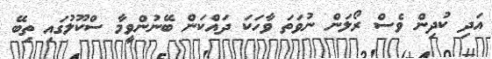
އަދި ކުދިން ވެސް ރޯލަން ނުވަތަ ވާހަކަ ދައްކަން ބޭނުންވީމާ ސްކޫލުގައި ތިބޭ